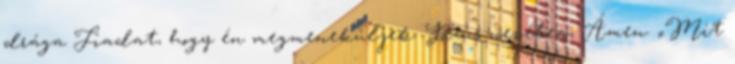
drága Fiadat, hogy én megmeneküljek. Jézus nevében, Ámen. „Mit